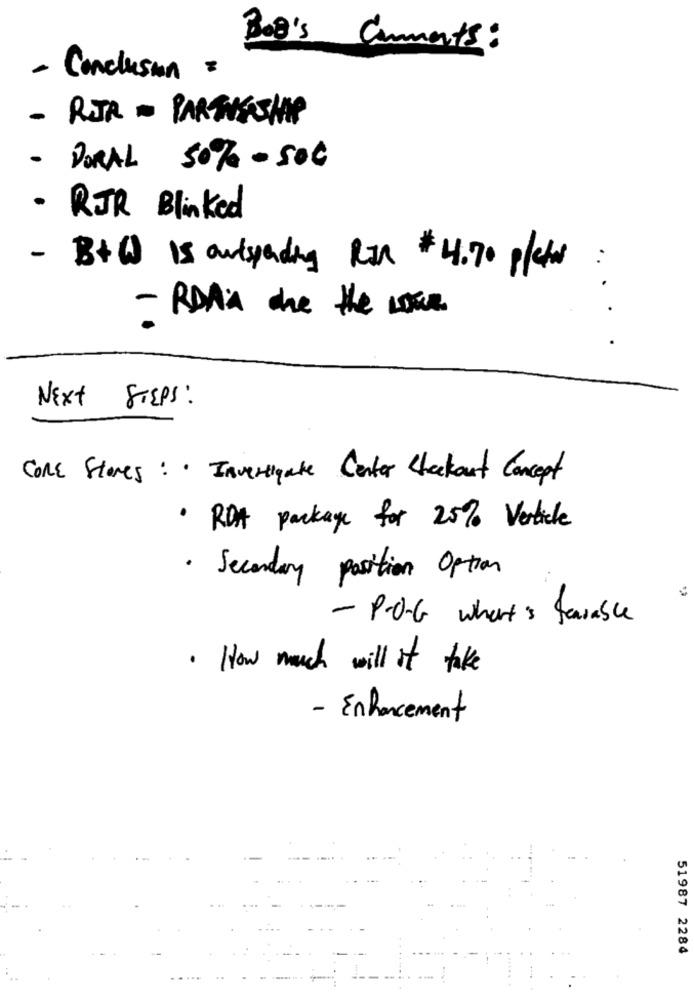
Boo's Comments :
- Conclusion =
- RJR - PARTNERSHIP
- DORAL 50% - 50€
· RJR Blinked
- B+W Is outspending Ran $4.70 plates
:
- RDAin the the LOGR
.
NEXT STEPS:
Core Stores : · Investigate Center Checkout Concept
· RDt package for 25% Verticle
· Secondary position Option
- P-O-G what's fasable
· How much will it take
- Enhancement
51987 2284